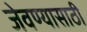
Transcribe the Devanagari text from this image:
जेवण्यासाठी